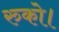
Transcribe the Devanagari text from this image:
रुको।